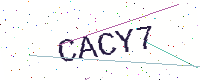
Text: CACY7